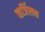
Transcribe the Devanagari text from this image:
व्हर्जिलचा